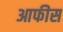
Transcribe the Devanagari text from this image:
आफीस